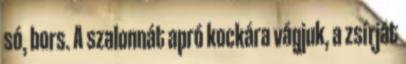
só, bors. A szalonnát apró kockára vágjuk, a zsírját